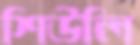
শিউলি